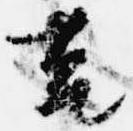
筥